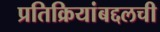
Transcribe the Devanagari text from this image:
प्रतिक्रियांबद्दलची